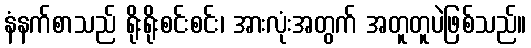
နံနက်စာသည် ရိုးရိုးစင်းစင်း၊ အားလုံးအတွက် အတူတူပဲဖြစ်သည်။